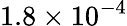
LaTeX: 1.8\times 10^{-4}